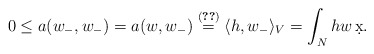
\begin{align*}0 \leq a(w_-,w_-)=a(w,w_-)\stackrel{\eqref{wfw}}{=} \langle h,w_-\rangle_V= \int_N hw\,\d x.\end{align*}